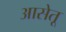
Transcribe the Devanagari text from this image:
आसेतू